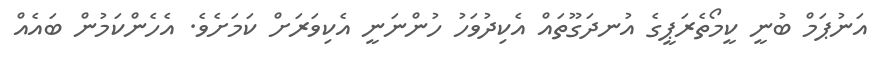
އަނުޕަމް ބުނީ ކީމޯތެރަޕީގެ އުނދަގޫތައް އެކިދުވަހު ހުންނަނީ އެކިވަރަށް ކަމަށެވެ. އެހެންކަމުން ބައެއް